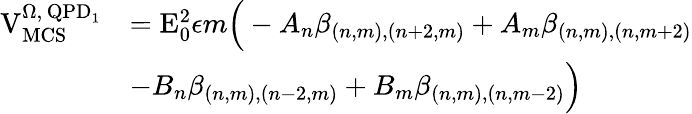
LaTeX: \begin{array}{rl}{\mathrm{V}_{\mathrm{MCS}}^{\Omega,\, \mathrm{QPD}_{1}}}&{=\mathrm{E}_{0}^{2}\epsilon m\Big(-A_{n}\beta_{(n,m),(n+2,m)}+A_{m}\beta_{(n,m),(n,m+2)}}\\ &{-B_{n}\beta_{(n,m),(n-2,m)}+B_{m}\beta_{(n,m),(n,m-2)}\Big)}\end{array}